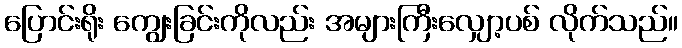
ပြောင်းရိုး ကျွေးခြင်းကိုလည်း အများကြီးလျှော့ပစ် လိုက်သည်။